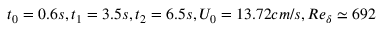
t _ { 0 } = 0 . 6 s , t _ { 1 } = 3 . 5 s , t _ { 2 } = 6 . 5 s , U _ { 0 } = 1 3 . 7 2 c m / s , R e _ { \delta } \simeq 6 9 2